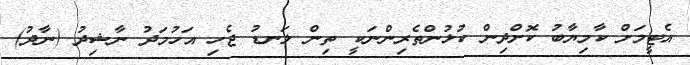
އެޓީމަށް ކާމިޔާބު ކޮށްދިން ކުޅުންތެރިންނަކީ ތިން ލަނޑު ޖެހި އަހުމަދު ނާޝިދު (ނާދު)